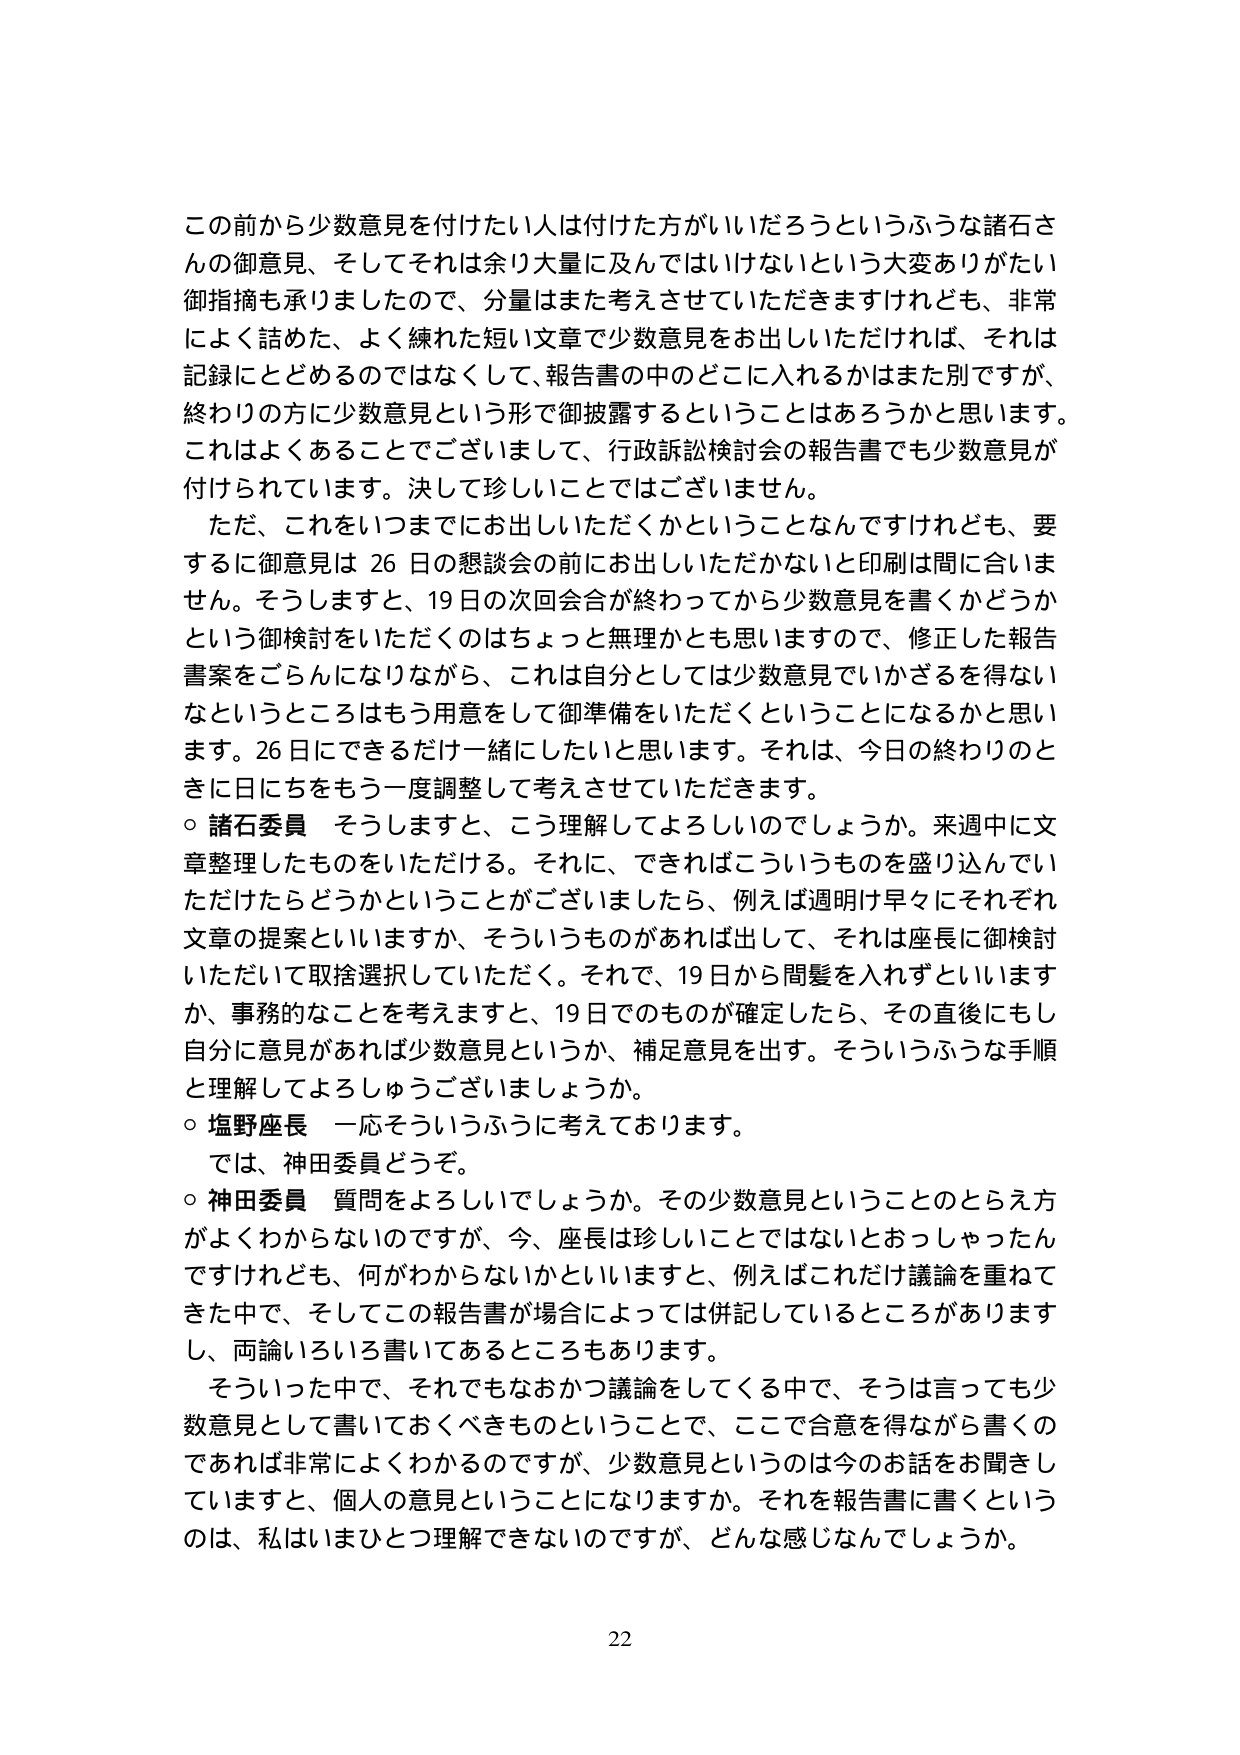
この前から少数意見を付けたい人は付けた方がいいだろうというふうな諸石さんの御意見、そしてそれは余り大量に及んではいけないという大変ありがたい御指摘も承りましたので、分量はまた考えさせていただきますけれども、非常によく詰めた、よく練れた短い文章で少数意見をお出しいただければ、それは記録にとどめるのではなくして、報告書の中のどこに入れるかはまた別ですが、終わりの方に少数意見という形で御披露するということはあろうかと思います。これはよくあることでございまして、行政訴訟検討会の報告書でも少数意見が付けられています。決して珍しいことではございません。

ただ、これをいつまでにお出しいただくかということなんですけれども、要するに御意見は26日の懇談会の前にお出しいただかないと印刷は間に合いません。そうしますと、19日の次回会合が終わってから少数意見を書くかどうかという御検討をいただくのはちょっと無理かとも思いますので、修正した報告書案をごらんになりながら、これは自分としては少数意見でいかざるを得ないなというところはもう用意をして御準備をいただくということになるかと思います。26日にできるだけ一緒にしたいと思います。それは、今日の終わりのときに日にちをもう一度調整して考えさせていただきます。

○ 諸石委員 そうしますと、こう理解してよろしいのでしょうか。来週中に文章整理したものをいただける。それに、できればこういうものを盛り込んでいただけたらどうかということがございましたら、例えば週明け早々にそれぞれ文章の提案といいますか、そういうものがあれば出して、それは座長に御検討いただいて取捨選択していただく。それで、19日から間髪を入れずといいますか、事務的なことを考えますと、19日でのものが確定したら、その直後にもし自分に意見があれば少数意見というか、補足意見を出す。そういうふうな手順と理解してよろしうございましょうか。

○ 塩野座長 一応そういうふうに考えております。

では、神田委員どうぞ。

○ 神田委員 質問をよろしいでしょうか。その少数意見ということのとらえ方がよくわからないのですが、今、座長は珍しいことではないとおっしゃったんですけれども、何がわからないかといいますと、例えばこれだけ議論を重ねてきた中で、そしてこの報告書が場合によっては併記しているところがありますし、両論いろいろ書いてあるところもあります。

そういった中で、それでもなおかつ議論をしてくる中で、そうは言っても少数意見として書いておくべきものということで、ここで合意を得ながら書くのであれば非常によくわかるのですが、少数意見というのは今のお話をお聞きしていますと、個人の意見ということになりますか。それを報告書に書くというのは、私はいまひとつ理解できないのですが、どんな感じなんでしょうか。

22